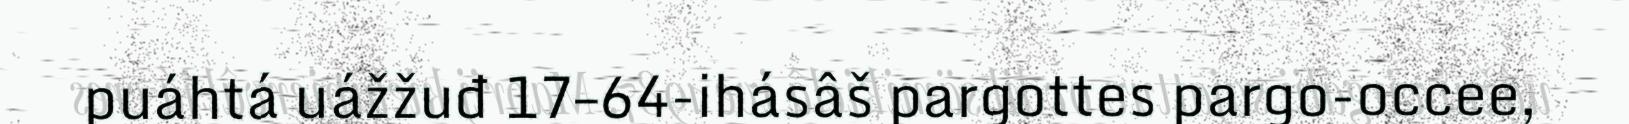
puáhtá uážžuđ 17–64-ihásâš pargottes pargo-occee,